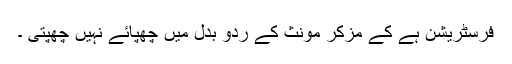
فرسٹریشن ہے کے مزکر مونث کے ردو بدل میں چھپائے نہیں چھپتی ۔